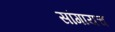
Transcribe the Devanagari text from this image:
सांगायच